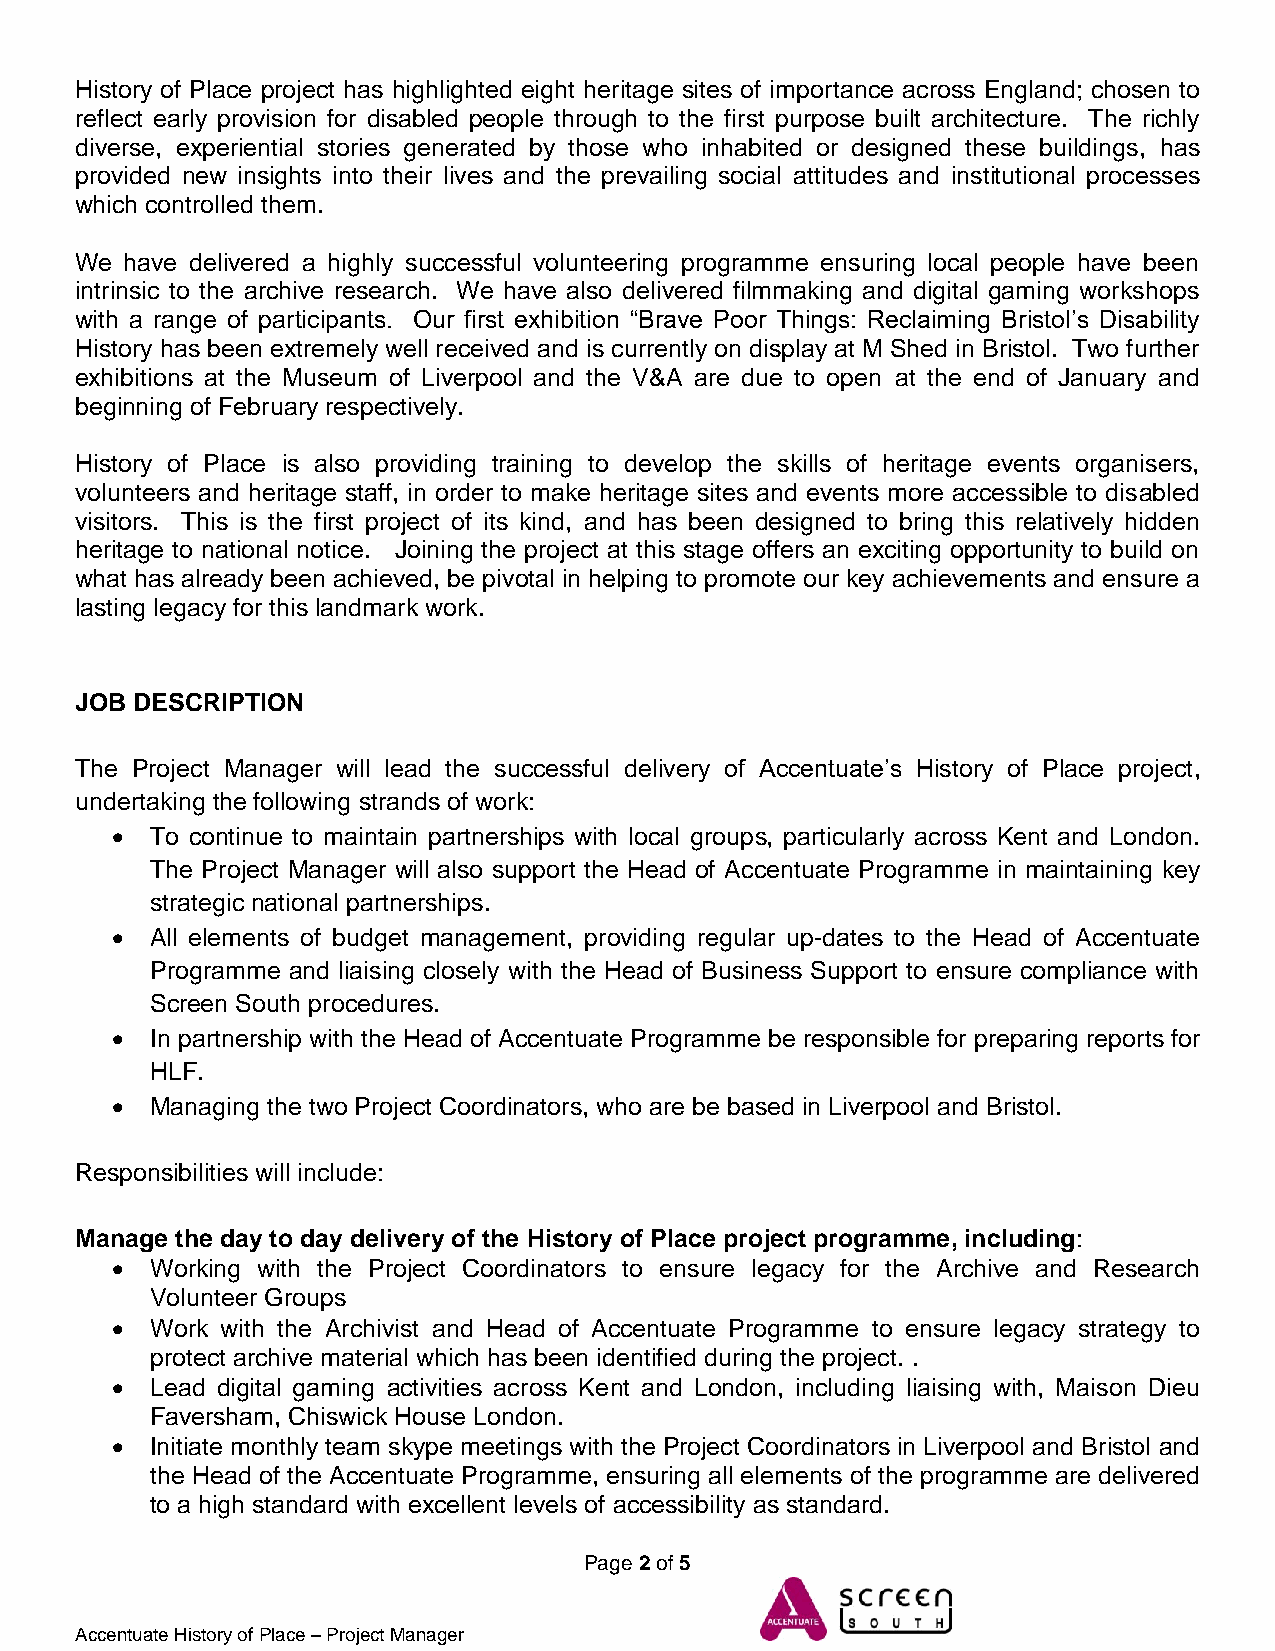
History of Place project has highlighted eight heritage sites of importance across England; chosen to
 reflect early provision for disabled people through to the first purpose built architecture. The richly
 diverse, experiential stories generated by those who inhabited or designed these buildings, has
 provided new insights into their lives and the prevailing social attitudes and institutional processes
 which controlled them.
 We have delivered a highly successful volunteering programme ensuring local people have been
 intrinsic to the archive research. We have also delivered filmmaking and digital gaming workshops
 with a range of participants. Our first exhibition “Brave Poor Things: Reclaiming Bristol’s Disability
 History has been extremely well received and is currently on display at M Shed in Bristol. Two further
 exhibitions at the Museum of Liverpool and the V&A are due to open at the end of January and
 beginning of February respectively.
 History of Place is also providing training to develop the skills of heritage events organisers,
 volunteers and heritage staff, in order to make heritage sites and events more accessible to disabled
 visitors. This is the first project of its kind, and has been designed to bring this relatively hidden
 heritage to national notice. Joining the project at this stage offers an exciting opportunity to build on
 what has already been achieved, be pivotal in helping to promote our key achievements and ensure a
 lasting legacy for this landmark work.
 JOB DESCRIPTION
 The Project Manager will lead the successful delivery of Accentuate’s History of Place project,
 undertaking the following strands of work:
   To continue to maintain partnerships with local groups, particularly across Kent and London.
 The Project Manager will also support the Head of Accentuate Programme in maintaining key
 strategic national partnerships.
   All elements of budget management, providing regular up-dates to the Head of Accentuate
 Programme and liaising closely with the Head of Business Support to ensure compliance with
 Screen South procedures.
   In partnership with the Head of Accentuate Programme be responsible for preparing reports for
 HLF.
   Managing the two Project Coordinators, who are be based in Liverpool and Bristol.
 Responsibilities will include:
 Manage the day to day delivery of the History of Place project programme, including:
   Working with the Project Coordinators to ensure legacy for the Archive and Research
 Volunteer Groups
   Work with the Archivist and Head of Accentuate Programme to ensure legacy strategy to
 protect archive material which has been identified during the project. .
   Lead digital gaming activities across Kent and London, including liaising with, Maison Dieu
 Faversham, Chiswick House London.
   Initiate monthly team skype meetings with the Project Coordinators in Liverpool and Bristol and
 the Head of the Accentuate Programme, ensuring all elements of the programme are delivered
 to a high standard with excellent levels of accessibility as standard.
 Page 2 of 5
 Accentuate History of Place – Project Manager